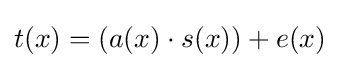
t(x)=(a(x)\cdot s(x))+e(x)